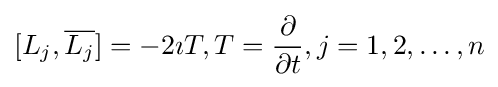
[L_{j},{\overline {L_{j}}}]=-2\imath T,T={\frac {\partial }{\partial t}},j=1,2,\ldots ,n